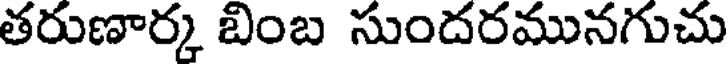
తరుణార్క బింబ సుందరమునగుచు